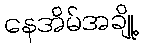
နေအိမ်အချို့